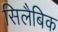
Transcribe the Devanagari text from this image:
सिलैबिक